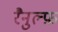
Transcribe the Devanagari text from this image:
रैनुल्फ़